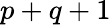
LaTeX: p+q+1